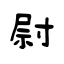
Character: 尉